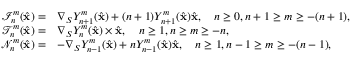
\begin{array} { r l } { \mathcal { I } _ { n } ^ { m } ( \hat { \mathbf { x } } ) = } & { \nabla _ { S } Y _ { n + 1 } ^ { m } ( \hat { \mathbf { x } } ) + ( n + 1 ) Y _ { n + 1 } ^ { m } ( \hat { \mathbf { x } } ) \hat { \mathbf { x } } , \quad n \geq 0 , n + 1 \geq m \geq - ( n + 1 ) , } \\ { \mathcal { T } _ { n } ^ { m } ( \hat { \mathbf { x } } ) = } & { \nabla _ { S } Y _ { n } ^ { m } ( \hat { \mathbf { x } } ) \times \hat { \mathbf { x } } , \quad n \geq 1 , n \geq m \geq - n , } \\ { \mathcal { N } _ { n } ^ { m } ( \hat { \mathbf { x } } ) = } & { - \nabla _ { S } Y _ { n - 1 } ^ { m } ( \hat { \mathbf { x } } ) + n Y _ { n - 1 } ^ { m } ( \hat { \mathbf { x } } ) \hat { \mathbf { x } } , \quad n \geq 1 , n - 1 \geq m \geq - ( n - 1 ) , } \end{array}